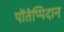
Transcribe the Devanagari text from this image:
पोंतेप्पिदान